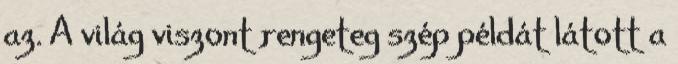
az. A világ viszont rengeteg szép példát látott a